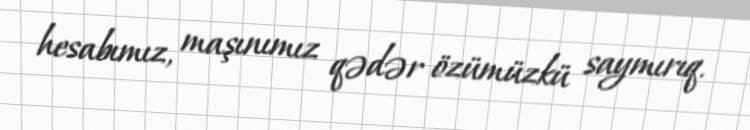
hesabımız, maşınımız qədər özümüzkü saymırıq.